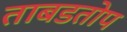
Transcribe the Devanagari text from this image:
ताबडतोप